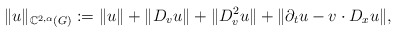
\begin{align*} \|u\|_{\mathbb{C}^{2, \alpha} (G)} : = \|u\| + \|D_v u\| + \|D^2_v u\| + \|\partial_t u - v \cdot D_x u\|,\end{align*}